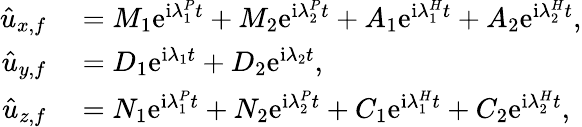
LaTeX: \begin{array}{rl}{\hat{u}_{x,f}}&{{}=M_{1}\mathrm{e}^{\mathrm{i}\lambda_{1}^{P}t}+M_{2}\mathrm{e}^{\mathrm{i}\lambda_{2}^{P}t}+A_{1}\mathrm{e}^{\mathrm{i}{\lambda}_{1}^{H}t}+A_{2}\mathrm{e}^{\mathrm{i}{\lambda}_{2}^{H}t},}\\ {\hat{u}_{y,f}}&{{}=D_{1}\mathrm{e}^{\mathrm{i}\lambda_{1}t}+D_{2}\mathrm{e}^{\mathrm{i}\lambda_{2}t},}\\ {\hat{u}_{z,f}}&{{}=N_{1}\mathrm{e}^{\mathrm{i}\lambda_{1}^{P}t}+N_{2}\mathrm{e}^{\mathrm{i}\lambda_{2}^{P}t}+C_{1}\mathrm{e}^{\mathrm{i}{\lambda}_{1}^{H}t}+C_{2}\mathrm{e}^{\mathrm{i}{\lambda}_{2}^{H}t},}\end{array}